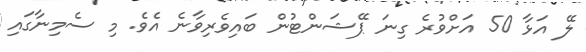
ލޭ އަޅާ 50 އަށްވުރެ ގިނަ ޕޭޝަންޓުން ބައިވެރިވާނެ އެވެ. މި ސެމިނާގައި